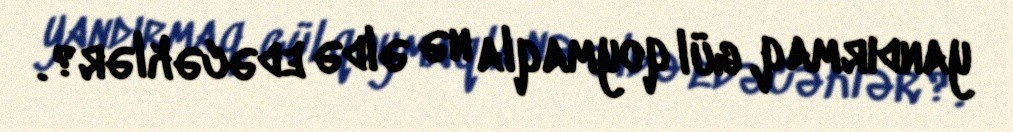
yandırmaq, gül qoymaqla nə əldə edəcəklər?.